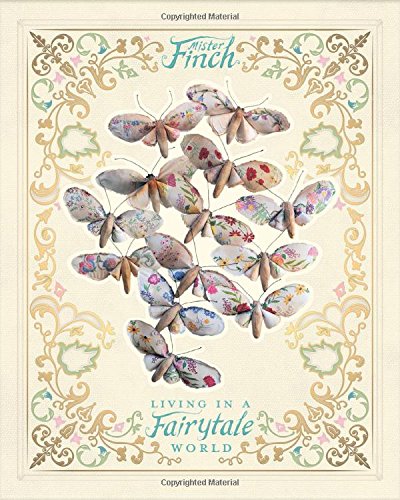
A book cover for Mister Finch: Living in a Fairy Tale World; Mister Finch; Arts & Photography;